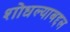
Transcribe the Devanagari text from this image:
शोधल्याबद्दल